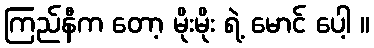
ကြည်နီက တော့ မိုးမိုး ရဲ့ မောင် ပေါ့ ။